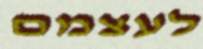
לעצמם